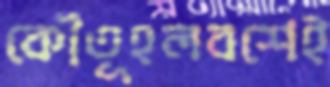
কৌতূহলবশেই